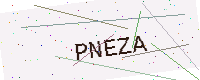
Text: PNEZA